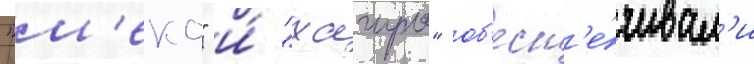
"м'еко" и́ "хагуро" об'есп'е́чивал'и